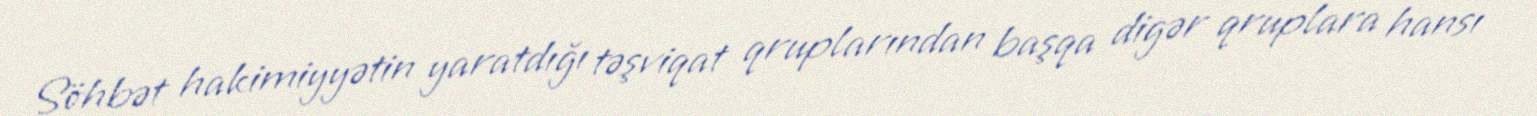
Söhbət hakimiyyətin yaratdığı təşviqat qruplarından başqa digər qruplara hansı